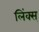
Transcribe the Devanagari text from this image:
लिंक्स्